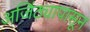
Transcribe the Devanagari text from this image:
अजिंठ्यापासून